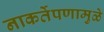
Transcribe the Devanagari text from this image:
नाकर्तेपणामुळे